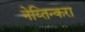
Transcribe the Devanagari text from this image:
नेय्तिन्करा